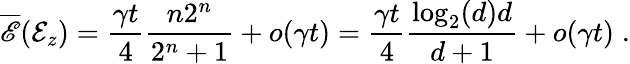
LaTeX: \overline{{\mathscr{E}}}(\mathcal{E}_{z})=\frac{\gamma t}{4}\frac{n2^{n}}{2^{n}+1}+o(\gamma t)=\frac{\gamma t}{4}\frac{\log_{2}(d)d}{d+1}+o(\gamma t)\; .